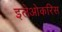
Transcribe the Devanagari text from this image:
इलेओकरिस